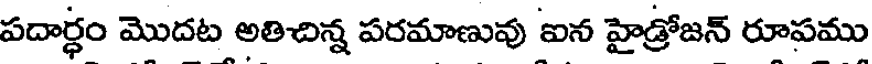
పదార్ధం మొదట అతిచిన్న పరమాణువు ఐన హైడ్రోజన్ రూపము